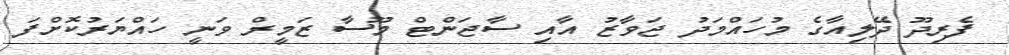
ފެރިދޫ ދޭލިއާގެ މުހައްމަދު ޖަވާޒު އާއި ސާޖަންޓް މޫސާ ޒަމީރް ވަނީ ހައްޔަރުކޮށްފަ